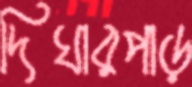
দিঘারপাড়